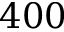
4 0 0